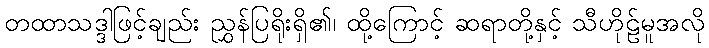
တထာသဒ္ဒါဖြင့်ချည်း ညွှန်ပြရိုးရှိ၏၊ ထို့ကြောင့် ဆရာတို့နှင့် သီဟိုဠ်မူအလို